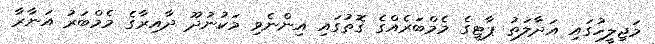
މަޖިލީހުގައި އަދާލަތު ޕާޓީގެ މެމްބަރެއްގެ ގޮތުގައި އިންނެވި މަކުނުދޫ ދާއިރާގެ މެމްބަރު އަނާރާ